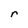
Character: r